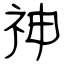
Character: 神